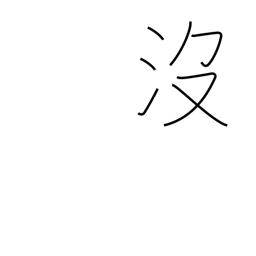
Meaning: to drown